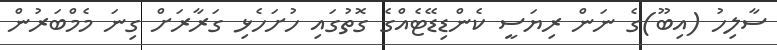
ސާލިހު (އިބޫ)ގެ ނަން ރިޔަސީ ކެންޑިޑޭޓެއްގެ ގޮތުގައި ހުށަހެޅި ގަރާރަށް ގިނަ މެމްބަރުން